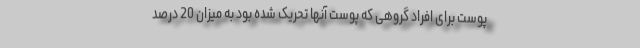
پوست برای افراد گروهی که پوست آنها تحریک شده بود به میزان 20 درصد